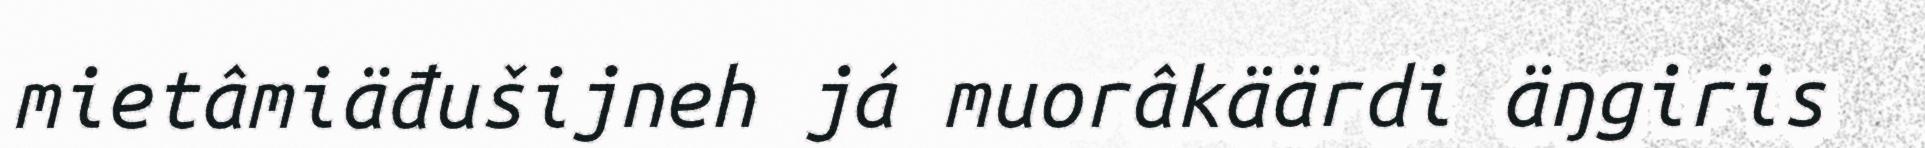
mietâmiäđušijneh já muorâkäärdi äŋgiris